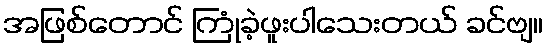
အဖြစ်တောင် ကြုံခဲ့ဖူးပါသေးတယ် ခင်ဗျ။